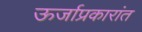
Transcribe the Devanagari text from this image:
ऊर्जाप्रकारांत